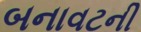
બનાવટની